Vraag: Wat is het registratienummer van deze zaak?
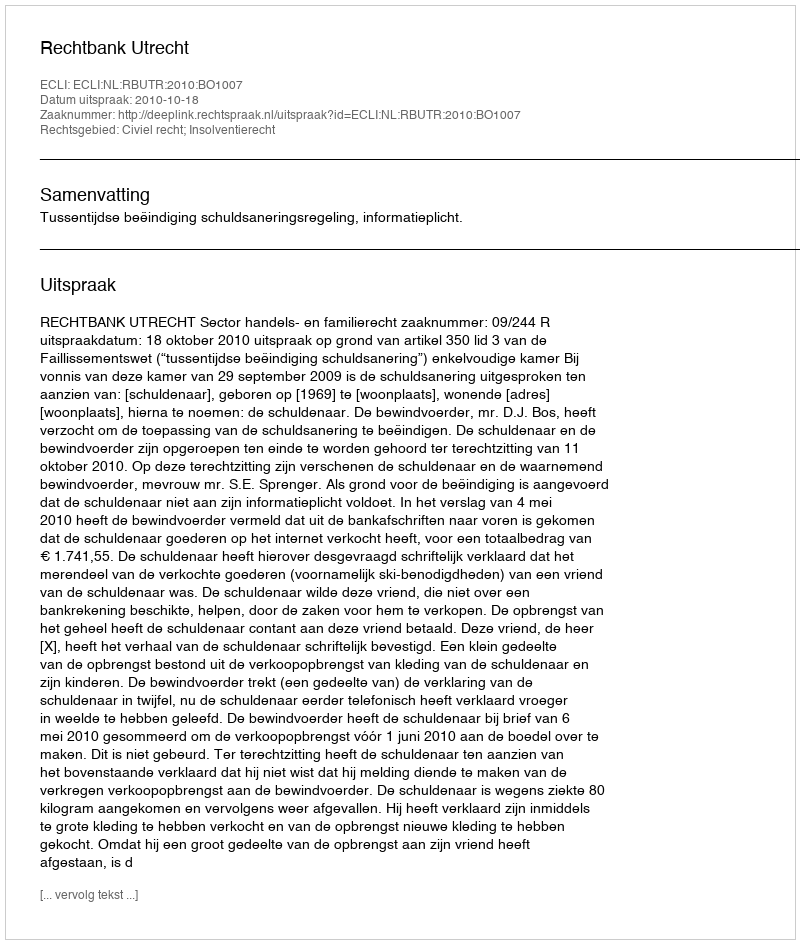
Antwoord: http://deeplink.rechtspraak.nl/uitspraak?id=ECLI:NL:RBUTR:2010:BO1007